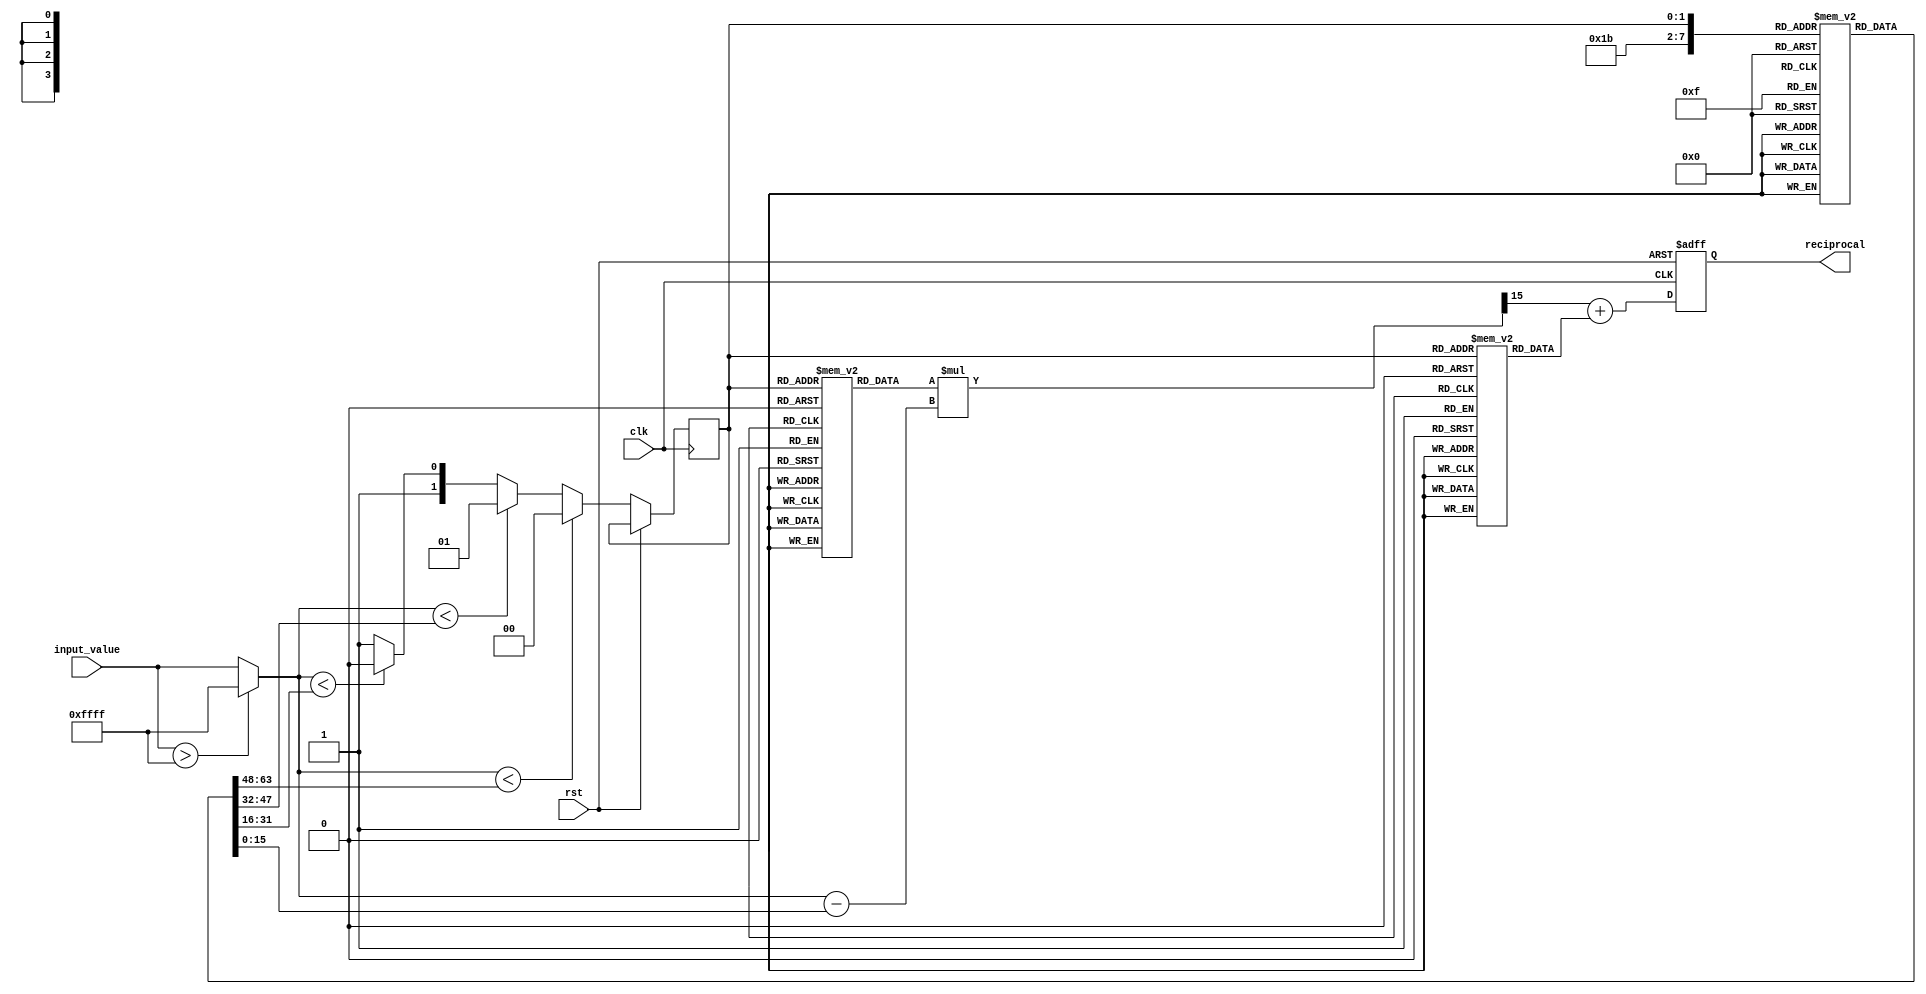
module pla_reciprocal (
    input wire [15:0] input_value,  // 16-bit fixed-point input
    output reg [15:0] reciprocal,    // 16-bit fixed-point output
    input wire clk,                  // Clock signal
    input wire rst                   // Reset signal
);

// Constants for piecewise linear approximation
parameter NUM_SEGMENTS = 4; // Number of segments
parameter SEGMENT_WIDTH = 4; // Width of each segment in bits
parameter MAX_INPUT_VALUE = 16'hFFFF; // Maximum input value (for normalization)

// Lookup table for slopes and intercepts
reg [15:0] slopes[0:NUM_SEGMENTS-1]; // Slopes for each segment
reg [15:0] intercepts[0:NUM_SEGMENTS-1]; // Intercepts for each segment
reg [15:0] segment_starts[0:NUM_SEGMENTS-1]; // Start values of each segment

// Initialize the lookup table values (for example purposes)
initial begin
    // Segment starts
    segment_starts[0] = 16'h0000; // Start of segment 0
    segment_starts[1] = 16'h4000; // Start of segment 1
    segment_starts[2] = 16'h8000; // Start of segment 2
    segment_starts[3] = 16'hC000; // Start of segment 3

    // Slopes
    slopes[0] = 16'hFFFF; // Example slope for segment 0
    slopes[1] = 16'h7FFF; // Example slope for segment 1
    slopes[2] = 16'h3FFF; // Example slope for segment 2
    slopes[3] = 16'h1FFF; // Example slope for segment 3

    // Intercepts
    intercepts[0] = 16'hFFFF; // Example intercept for segment 0
    intercepts[1] = 16'h7FFF; // Example intercept for segment 1
    intercepts[2] = 16'h3FFF; // Example intercept for segment 2
    intercepts[3] = 16'h1FFF; // Example intercept for segment 3
end

// Internal registers
reg [1:0] segment; // Segment index
reg [15:0] normalized_input; // Normalized input value

// State machine for processing input
always @(posedge clk or posedge rst) begin
    if (rst) begin
        reciprocal <= 16'h0000; // Reset output
    end else begin
        // Normalize input (for example, clamp to [0, MAX_INPUT_VALUE])
        normalized_input = (input_value > MAX_INPUT_VALUE) ? MAX_INPUT_VALUE : input_value;

        // Determine segment based on normalized input
        if (normalized_input < segment_starts[1]) begin
            segment <= 0;
        end else if (normalized_input < segment_starts[2]) begin
            segment <= 1;
        end else if (normalized_input < segment_starts[3]) begin
            segment <= 2;
        end else begin
            segment <= 3;
        end

        // Linear interpolation to calculate reciprocal
        reciprocal <= (slopes[segment] * (normalized_input - segment_starts[segment]) >> 15) + intercepts[segment];
    end
end

endmodule